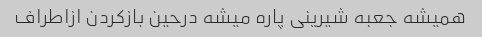
همیشه جعبه شیرینی پاره میشه درحین بازکردن ازاطراف